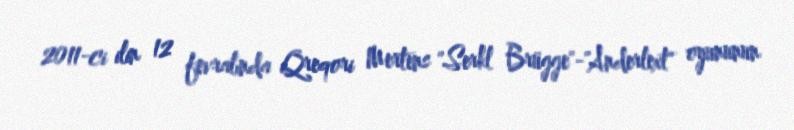
2011-ci ilin 12 fevralında Qreqori Mertens "Serkl Brügge"-"Anderlext" oyununun